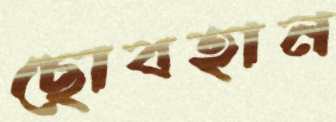
ছোবহান